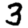
Digit: 3